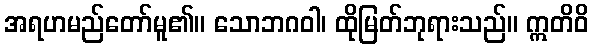
အရဟမည်တော်မူ၏။ သောဘဂဝါ၊ ထိုမြတ်ဘုရားသည်။ ဣတိဝိ